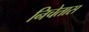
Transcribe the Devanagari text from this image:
निचेतास